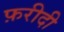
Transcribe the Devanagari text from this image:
फ़रीदी